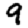
Digit: 9